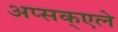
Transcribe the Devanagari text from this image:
अप्सक्एले